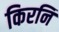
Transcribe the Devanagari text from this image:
किरनि